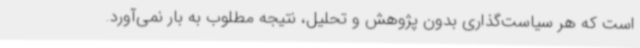
است که هر سیاست‌گذاری بدون پژوهش و تحلیل، نتیجه مطلوب به بار نمی‌آورد.